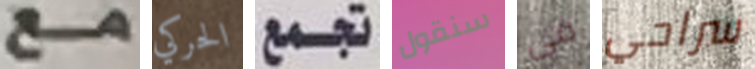
مع الحركي تجمع سنقول فى سراحي